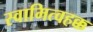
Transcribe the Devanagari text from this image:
स्वामित्वहक्क